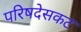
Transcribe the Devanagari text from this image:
परिषदेसकट